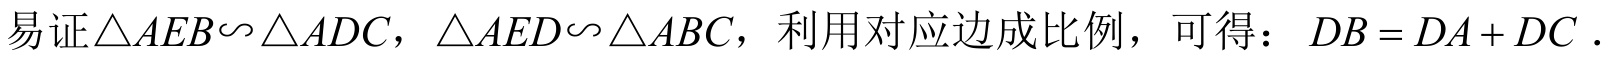
易证\(\triangle AEB\backsim\triangle ADC\)，\(\triangle AED\backsim\triangle ABC\)，利用对应边成比例，可得：\(DB = DA + DC\)．